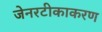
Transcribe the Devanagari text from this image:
जेनरटीकाकरण